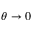
\theta \rightarrow 0